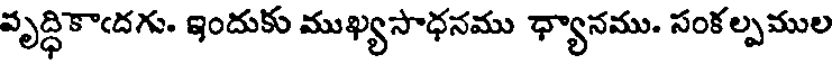
వృద్ధికాఁదగు. ఇందుకు ముఖ్యసాధనము ధ్యానము. సంకల్పముల